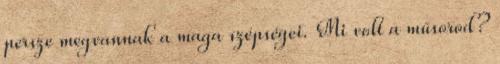
persze megvannak a maga szépségei. Mi volt a műsorod?